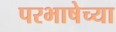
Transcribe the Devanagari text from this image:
परभाषेच्या